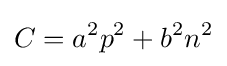
C=a^{2}p^{2}+b^{2}n^{2}